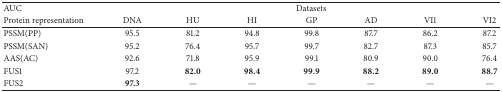
| AUC | <COLSPAN=7> Datasets |
 | Protein representation | DNA | HU | HI | GP | AD | VI1 | VI2 |
 | --- | --- | --- | --- | --- | --- | --- | --- |
 | PSSM(PP) | 95.5 | 81.2 | 94.8 | 99.8 | 87.7 | 86.2 | 87.2 |
 | PSSM(SAN) | 95.2 | 76.4 | 95.7 | 99.7 | 82.7 | 87.3 | 85.7 |
 | AAS(AC) | 92.6 | 71.8 | 95.9 | 99.1 | 80.9 | 90.0 | 76.4 |
 | FUS1 | 97.2 | 82.0 | 98.4 | 99.9 | 88.2 | 89.0 | 88.7 |
 | FUS2 | 97.3 | — | — | — | — | — | — |